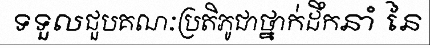
ទទួលជួបគណៈប្រតិភូជាថ្នាក់ដឹកនាំ នៃ